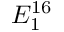
E _ { 1 } ^ { 1 6 }